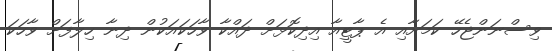
ވިސްނަންޖެހޭ ކަމަށާއި އެ ޕާޓީއާ އިދިކޮޅަށް ދައްކާ ވާހަކައަކުން ދިނާ ހިލާފަށް ވާހަކަ